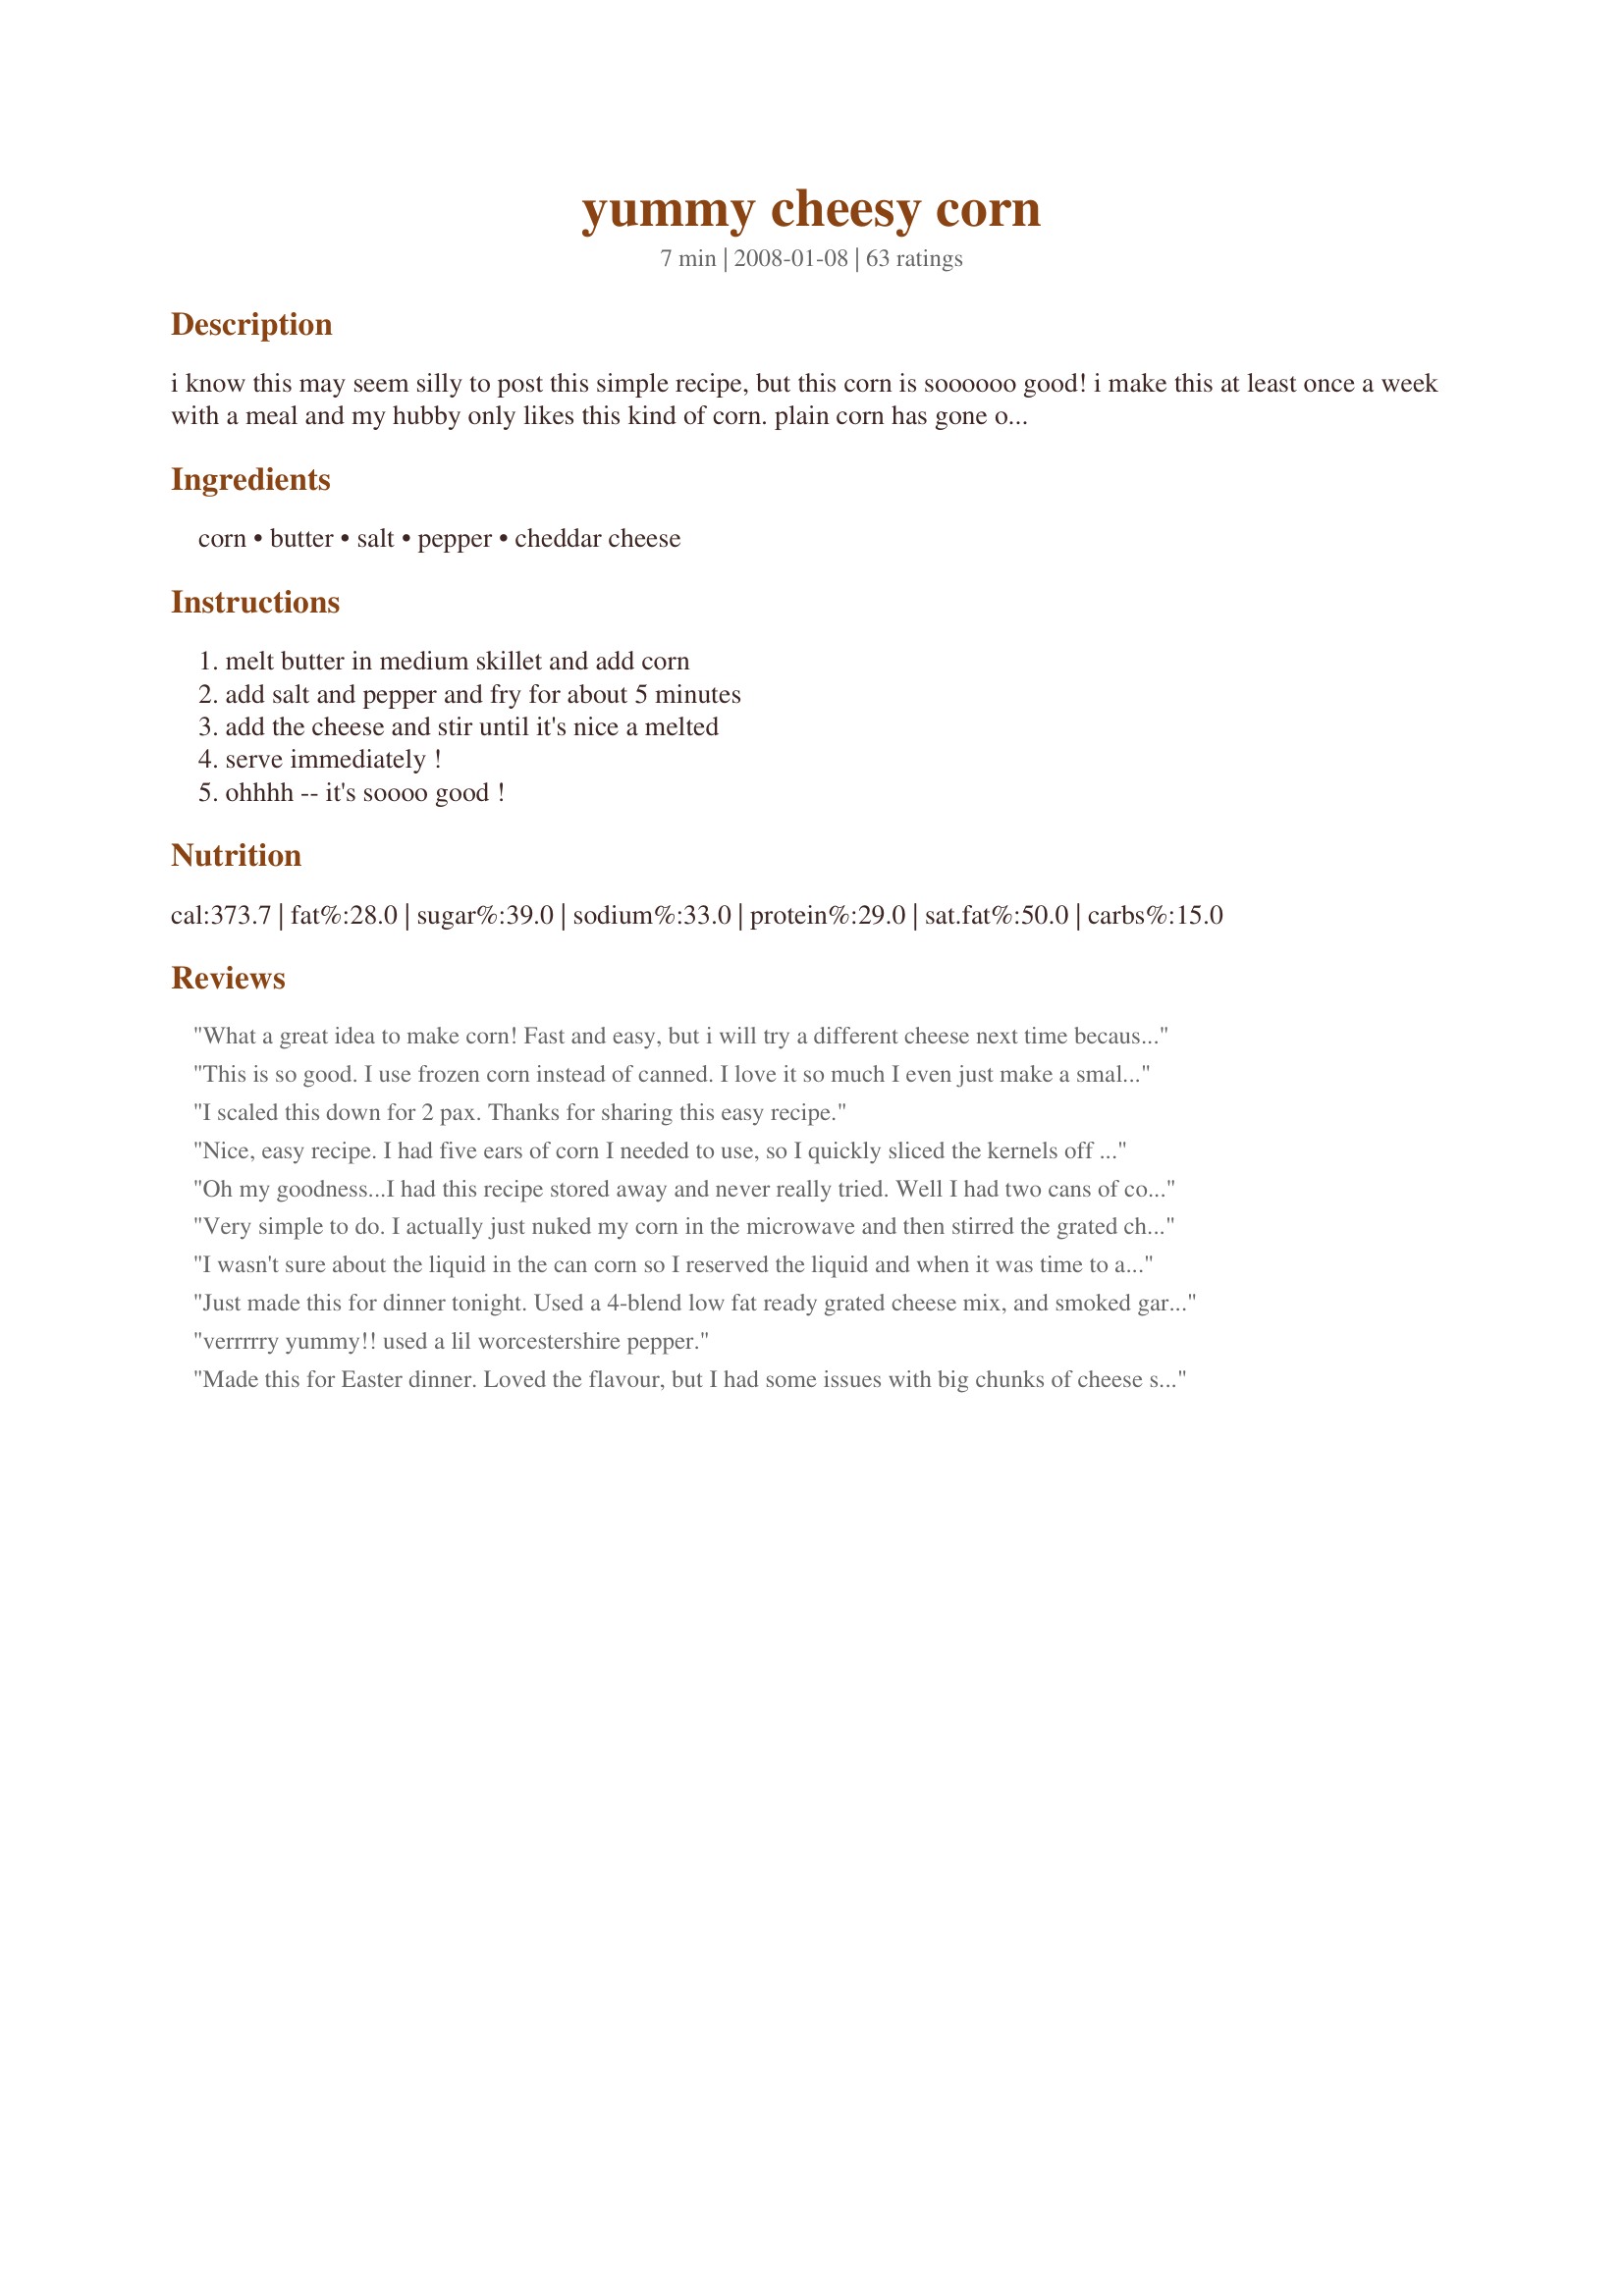
yummy cheesy corn
Preparation time: 7 minutes

i know this may seem silly to post this simple recipe, but this corn is soooooo good! i make this at least once a week with a meal and my hubby only likes this kind of corn. plain corn has gone out the window. this is so easy and yummy. anyone could make it in a jiffy!

Ingredients:
corn, butter, salt, pepper, cheddar cheese

Steps:
melt butter in medium skillet and add corn, add salt and pepper and fry for about 5 minutes, add the cheese and stir until it's nice a melted, serve immediately !, ohhhh -- it's soooo good !

Reviews:
What a great idea to make corn!
Fast and easy, but i will try a different cheese next time because it turned out as a big lump of cheese with most of the corn not covered. Maybe next time i'll pop it in the oven instead.
Made for the Tastebud Tickling Travellers, ZWT4
This is so good. I use frozen corn instead of canned. I love it so much I even just make a small bowl for myself sometimes as a snack. I guess using frozen in an advantage there, since I can just chuck the rest of the bag back in the freezer. DELICIOUS!!
I scaled this down for 2 pax. Thanks for sharing this easy recipe.
Nice, easy recipe. I had five ears of corn I needed to use, so I quickly sliced the kernels off the cobs, and threw them right into the butter to fry. I used sea salt & finely ground white pepper. Tasted fabulous! I added 1 cup cheddar, and it kind of covered the taste of the corn. So I think this is definitely a recipe for canned corn; however, what a great way to eat salted & buttered fresh corn - and not have it stick in your teeth! So thanks for a great recipe idea, Sarah! Made for ZWT4.
Oh my goodness...I had this recipe stored away and never really tried. Well I had two cans of corn I wanted to get rid of and tried this recipe...WOW...so amazingly good!!! Best corn I have had in a long time!!! My boyfriend had three helpings and requested I make this again! Thanks for the great recipe!
Very simple to do. I actually just nuked my corn in the microwave and then stirred the grated cheddar cheese into it. My boys loved this. Made for ZWT4.
I wasn't sure about the liquid in the can corn so I reserved the liquid and when it was time to add the cheese I also added a small amount of the liquid to help meld the cheese. Came out very yummy and defiantly a nice change to a kitchen staple. Made for ZWT5 French/Cajun region; Team: Saucy Senoritas.
Just made this for dinner tonight. Used a 4-blend low fat ready grated cheese mix, and smoked garlic seasoning instead of salt. Added the cheese at the end, put a lid on the pot and turned the heat off, so it would be ready when my hubby got home from work. Turned out great. And was a hit with my hubby!!
verrrrry yummy!! used a lil worcestershire pepper.
Made this for Easter dinner. Loved the flavour, but I had some issues with big chunks of cheese stuck together and not all through the corn.
YUM! I needed something fast made with things in my cabinet. This was amazing and so easy! I am sad we do not have leftovers.
If you like corn and you like cheddar... you will like this! I probably won't make this often because corn is quite good by itself (and healthier), but I had never had corn with cheese before and it was fun to try. I used frozen corn and sharp cheddar, and for anyone watching their salt intake... this tasted great using 1/2 teaspoon salt.
This recipe is great! I served it with mashed potatoes and meatloaf and my whole family LOVED it! It was just as good reheated the next day too! Thanks for sharing, I will definitely make this again!
I wasnt sure if we would like cheese on corn but this was really good. So simple to make.....this one is a keeper! Made and reviewed for ZWT 4.
Oh, yeah. This is a goodie! This was a fast, easy, yummy way to perk up canned corn (and frankly make it not taste like canned corn. Thank you for posting, made for ZWT4.
Hubby's comments, "this is really good corn, you can make this anytime". I think that says it all :) I needed a quick side for dinner tonight and came across this. It's a recipe that I had all the ingredients for and it looked easy and quick enough. I made the recipe exactly as written. We loved it and will be making more often.
Yummy is right! I made this with frozen corn and it was very simple and tasty. Thanks Sarah for a nice side dish. Made for ZWT4.
Yummy, simple side dish! Easy & great for those who are on a budget. I used sharp cheddar which was really great. I will make this again. Thanks for sharing! [MER'd for Alphabet Soup Tag]
Cheesey and corny is not good in a movie, but it was great in this recipe! I used a little olive oil instead of butter. I picked this for ZWT because I was on vacation and needed a real easy recipe to make. I made this on an induction hot plate, my first experience with induction cooking. Thanks for this easy recipe, a great side dish!
This was excellent. Did'nt change a thing. Thanks
This was really good. My 3 year old and 10 month old went crazy over it and loved it. This will be the only way we make quick corn from now on since its the only way the kiddos will eat it. Thank you!!
Now this gets AAA from me! Prepared this last Saturday for a dinner party. Everybody raved about it! My 7 and 6 year old can't get enough of it! Thanks! This will be in my recipe file from now on! Note: I used cheese SAUCE, eliminates the problem of lumping like what other reviews are saying.
DH and I thought this was okay. Nothing spectacular, but it was a nice change from the usual ho-hum canned corn. Thanks for posting!
Cheese and corn mmmm :P I did half the recipe and used 1/2 cup of cheddar cheese. But more would have been great. I didn't salt and pepper. I had a can of no-sodium corn. I would have made the full recipe but I had only 1 can in the pantry. I had no leftover. Thanks Sarah. Made for the Babes of ZWT4
This tastes amazing but my cheese lumped all together too. I think next time I might do a combo of Velveta & regular cheddar. Very yummy reipe.!
Thanks for sharing this easy cheesy recipe. The whole family loved it. I used frozen corn because it's what I always buy - I tried to use the approximate amount called for.
I'm sorry I haven't reviewed this yet. I have been making this for ages now. I love this stuff, and my husband loves it as well! It's easy and good and I could eat it just about every day! Thanks!
We loved this recipe - so simple, easy and tasty. You could modify it in many ways but it suited my fussy mob when made exactly as suggested.
Thanks.
Wow, such a simple addition to a vegetable yet, makes a huge difference! We loved the cheese (and yes, we are cheese freaks) added to the corn for a new spin on your basic side dish! As much as we love corn and cheese, I cannot believe I have never thought of this!

Made for Ali Baba Babes for ZWT5.
Omg! Sooooo good!
I hate to be the only negative review. I made as per directions. DH and the the kids did not like. I will eat just about anything but I didn't like it either. Maybe we are just weird. We like corn sweet with plenty of butter and pepper. Sorry just wasn't our thing
Wonderful side dish with very little time or effort. I used frozen corn & otherwise followed the recipe. Made for ZWT5 by a Hell's Kitchen Angel.
Not sure if you are supposed to drain the liquid from the corn?
For us it was way too much cheese for the 1 can of corn. We love cheese but half the amount would have been sufficent for us. The corn had a good flavor and I need to try again with less.
Was liked by everyone. Did not add the salt otherwise made as directed.
Thanks for recipe
This is so easy, sweet! The cheese gives this a great texture so the kenals won`t fall off the fork. What`s not to like? Thanks!
This is one of those recipes that I feel like I shouldn't like but I do! I did something like this when I was a kid and learning to cook on my own and figuring out what foods went together. This version tasted pretty much right on as I remembered. The only differences I made were to use reduced fat margarine and cheese so I didn't feel too bad about being naughty :) Made for ZWT4.
Easy and tasty, and FAST! Kids enjoyed it, but I found it a bit salty--I only used a 1/2 tsp of salt. Next time I'll leave it out altogether.
My husband just loved this. Two of his favorite foods - corn and cheese in one simple dish! For my taste, next time I'll cut the salt quite a bit (cheese is salty, too), and try a cheese that melts a little better because I wasn't crazy about the strings of cheese hanging from each bite. Overall a tasty and super fast recipe.
We really enjoy corn dishes around here, & this one is no exception ~ A GREAT CORNY DISH! I used a mild cheddar, but another time would like to try it with an extra sharp cheddar! Thanks for sharing a great recipe! [Tagged, made & reviewed in All New Zaar Cookbooks Tag]
The title says it all, Yummy!!! My DD stopped by tonight and joined us for dinner. She couldn't stop eating this. This is definitely a winner. Made for Zingo/ZWT4.
I made this with frozen sweet corn. What an explosion of flavors! It starts savory... then turns sweet.... then turns cheesy. Yummy!!! Even the toddler loved it. Thanks for the great recipe!
*Reviewed for ZWT4* A quick and easy side using tinned corn. Photo also to posted
Any food called "Cheesy" is pretty much a guaranteed hit with me. But the fact that the rest of the family loved it so much was a surprise. The kids tend to like plain veggies with nothing added. But they gobbled this up. I actually made a half recipe and used fresh corn that had been boiled that I cut off the cobs. A nice addition to dinner. Thanks Sarah!
My husband really enjoyed this and asked that I make it again. Easy way to kick up corn. Thanks. Made for ZWT5.
This was really tasty, my whole family enjoyed it. We made with no-salt-added canned corn and margarine. It came out a bit greasy, maybe because of the margarine. Next time I'll make it with less oil.
Yummy I used sliced kraft cheese melted down better for and 2 teaspoons of sugar Perfect !!
I used mozzeralla and liked the corn this way. My kids, however, didn't like it at all.
Nice way to spruce up a side dish, thanks for posting.
Yummy! It is not silly at all to post this wonderful recipe. I would never have thought of putting cheddar and corn together and it is a perfect combination. I used extra old cheddar. Thanks for sharing this great little recipe. This was made for ZWT4.
My husband usually only likes creamed corn, but he really enjoyed this corn! I loved it too! Made for ZWT 2009- Family Picks.
Very good! I really liked this simple spin on plain canned corn and will make it again :) Made for ZWT4
We really liked this corn, I think that it could benefit from a little garlic or other spice. We will definately make it again I think some fresh parsley would be nice too.
I can't believe how good this tasted! I was a little skeptical at first but I was looking for a quick side that would go well with pulled pork sandwiches and I had the ingredients (though I did use frozen corn). This was quick to make and fantastic! I'm glad to know it's something I'll be able to make in the future when I'm looking for an easy side dish using ingredients I know I already have.
Two of my absolute favorites all in one dish!!! What's not to LOVE?!!! We about died over this!! So simple, and yet soooooo good!!! Thank you so very much!! Made for the ZWT4
I had to get dinner on the table quickly so this was the perfect Zingo recipe for me. It was a huge bonus that it was absolutely delicious! I loved the combination of the sweetness of the corn with the saltiness of the cheese. I made it exactly as written and it couldn't be easier or tastier. Thank you very much for posting! Reviewed for ZWT4.
I'm sure this recipe is great as written, but I was looking for a recipe with a little more zip for a can of corn that I got for free (don't usually buy canned vegetables). I cut the recipe in half since I only had 1 can of corn and I substituted Monterey Pepperjack cheese for the cheddar cheese at the end. I did drain the corn (many people have&nbsp;asked whether they should - I feel it would have been watery and salty if I hadn't) and didn't use quite as much salt (maybe half). Part-way into the cooking process for the corn, I added chopped hot pickled peppers (mine were from the garden last year but chopped jalape&ntilde;o or even fresh jalapeno would be excellent!) and chopped scallions. All I can say is WOW! This makes a great side dish for a Mexican entree and I don't see why you couldn't add a can of drained/rinsed black beans if you wanted to. May not be as popular this way with the young kids (although mine would have eaten it when they were younger), but it's definitely worth buying canned corn again to make!
ZWT4: Easy, delicious - what more could you want?
So whats wrong with simple?! What a lovely way to do corn! Coming home late, I wanted some fast veggie sides, and this was perfect, and so tasty! loved it! Thanks Sarah!

Made for Family Picks, ZWT5, Jammin' Java Jivers
I thought I had eaten corn every possible way imaginable and then I made this. LOVED IT!!!!! DH scraped the bowl clean. Thank you. ZWT4 Zingo by a CHIC CHEF.
My family thought I was strange to fry the corn and add cheese to it. But they all loved it. Will be making this more often. Thank you.

Made for ZWT4- Zaar World Tour in Canada. The Mamma Mias!
So easy, but so good! Kiddies loved it, as did hubby and I! I used finely shredded cheddar and had no problems with lumps, as I stirred it as it was melting. yum! Thanks, Sarah, for something different to do with corn!
What a nice side dish this is! I made this using freshly grated white and yellow cheddar, and topped with a bit of toasted sesame seeds. Great flavor! Thank you for sharing Sarah in New York. Made for holiday tag P-A-R-T-Y
